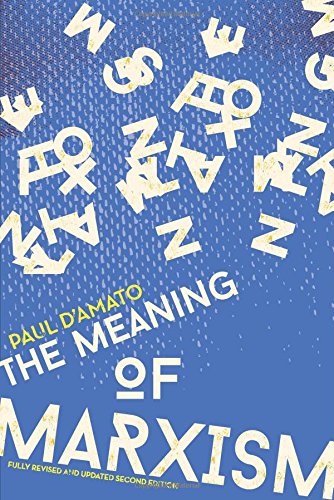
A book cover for The Meaning of Marxism; Paul D'Amato; Business & Money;